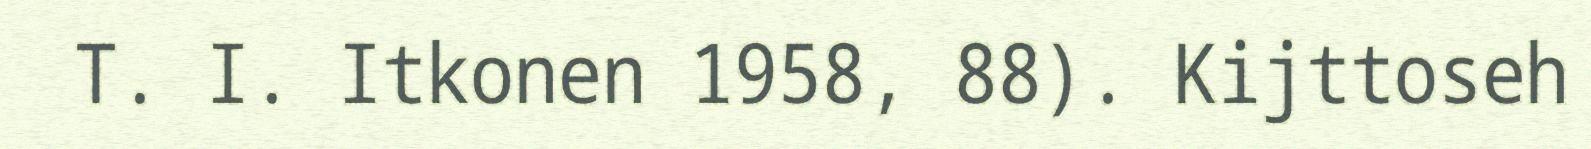
T. I. Itkonen 1958, 88). Kijttoseh